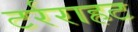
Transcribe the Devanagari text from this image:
टर्रराहट